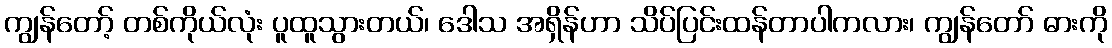
ကျွန်တော့် တစ်ကိုယ်လုံး ပူထူသွားတယ်၊ ဒေါသ အရှိန်ဟာ သိပ်ပြင်းထန်တာပါကလား၊ ကျွန်တော် ဓားကို